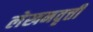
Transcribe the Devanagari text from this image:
लेखनवृत्ती